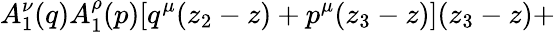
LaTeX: A_{1}^{\nu}(q)A_{1}^{\rho}(p)[q^{\mu}(z_{2}-z)+p^{\mu}(z_{3}-z)](z_{3}-z)+